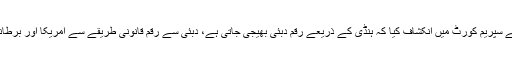
ایڈیشنل اٹارنی جنرل نے سپریم کورٹ میں انکشاف کیا کہ ہنڈی کے ذریعے رقم دبئی بھیجی جاتی ہے، دبئی سے رقم قانونی طریقے سے امریکا اور برطانیہ منتقل کی جاتی ہے۔